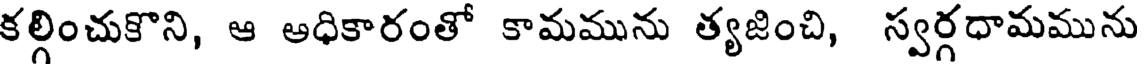
కల్గించుకొని, ఆ అధికారంతో కామమును త్యజించి, స్వర్గధామమును